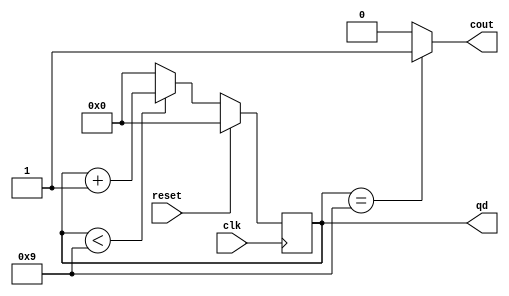
`timescale 1ns / 1ps
//////////////////////////////////////////////////////////////////////////////////
// Company: 
// Engineer: 
// 
// Design Name: 
// Module Name: counter_mod_m
// Project Name: 
// Target Devices: 
// Tool Versions: 
// Description: 
// 
// Dependencies: 
// 
// Revision:
// Revision 0.01 - File Created
// Additional Comments:
// 
//////////////////////////////////////////////////////////////////////////////////

module counter_mod_m  
   #(parameter N = 4, //
parameter M = 10) //M0
   (
        input  clk,reset,
         output [N-1:0] qd,
         output  cout 
     );
       reg [N-1:0] regN;
        always @(posedge clk) 
         if(reset)
           regN <= 0;
         else if (regN < (M-1))
           regN <= regN + 1;
         else 
            regN <= 0;
        assign qd = regN;
         assign cout = (regN == (M-1))?1'b1:1'b0;
      endmodule